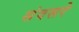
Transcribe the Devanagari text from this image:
संवसरे